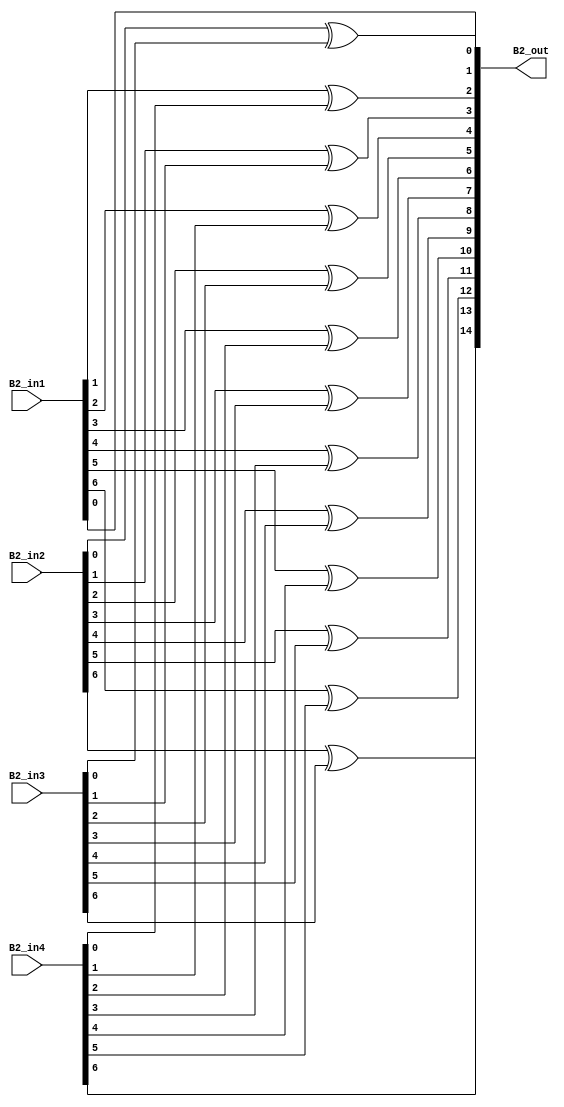
`timescale 1ns / 1ps
//////////////////////////////////////////////////////////////////////////////////
// Company: 
// Engineer: 
// 
// Design Name: 
// Module Name: overlap_module_8bit
// Project Name: 
// Target Devices: 
// Tool Versions: 
// Description: 
// 
// Dependencies: 
// 
// Revision:
// Revision 0.01 - File Created
// Additional Comments:
// 
//////////////////////////////////////////////////////////////////////////////////


module overlap_module_8bit(
    B2_in1,
    B2_in2,
    B2_in3,
    B2_in4,
    B2_out
    );


parameter n = 8;
    
input [n-2:0] B2_in1;    
input [n-2:0] B2_in2;    
input [n-2:0] B2_in3;
input [n-2:0] B2_in4;

output [2*n-2:0] B2_out;


assign B2_out[0] = B2_in1[0];

assign B2_out[2] = B2_in1[1]^B2_in4[0];

assign B2_out[4] = B2_in1[2]^B2_in4[1];

assign B2_out[6] = B2_in1[3]^B2_in4[2];

assign B2_out[1] = B2_in2[0]^B2_in3[0];

assign B2_out[3] = B2_in2[1]^B2_in3[1];

assign B2_out[5] = B2_in2[2]^B2_in3[2];

assign B2_out[7] = B2_in2[3]^B2_in3[3];

assign B2_out[9] = B2_in2[4]^B2_in3[4];

assign B2_out[11] = B2_in2[5]^B2_in3[5];

assign B2_out[13] = B2_in2[6]^B2_in3[6];

assign B2_out[8] = B2_in1[4]^B2_in4[3];

assign B2_out[10] = B2_in1[5]^B2_in4[4];

assign B2_out[12] = B2_in1[6]^B2_in4[5];

assign B2_out[14] = B2_in4[6];
    
endmodule